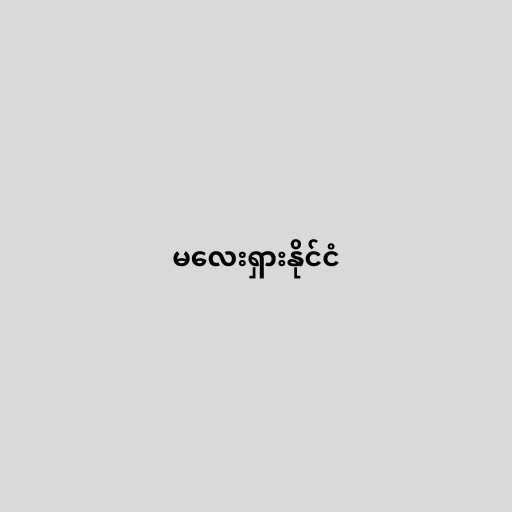
မလေးရှားနိုင်ငံ